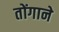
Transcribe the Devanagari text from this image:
तोंगाने